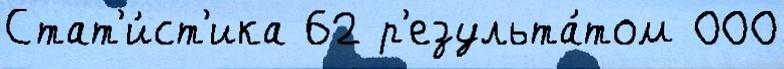
Стат'и́ст'ика 62 р'езульта́том 000